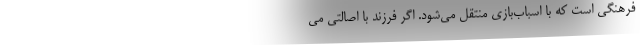
فرهنگی است که با اسباب‌بازی منتقل می‌شود. اگر فرزند با اصالتی می‌